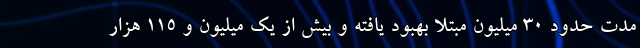
مدت حدود 30 میلیون مبتلا بهبود یافته و بیش از یک میلیون و 115 هزار